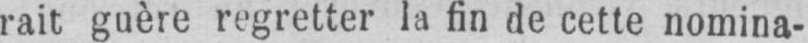
rait guère regretter la fin de cette nomina-